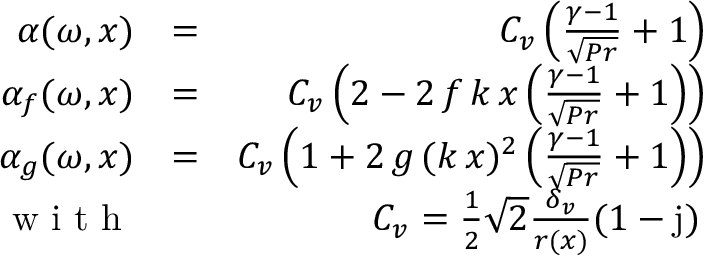
\begin{array} { r l r } { \alpha ( \omega , x ) } & { = } & { C _ { v } \left( \frac { \gamma - 1 } { \sqrt { P r } } + 1 \right) } \\ { \alpha _ { f } ( \omega , x ) } & { = } & { C _ { v } \left( 2 - 2 \, f \, k \, x \left( \frac { \gamma - 1 } { \sqrt { P r } } + 1 \right) \right) } \\ { \alpha _ { g } ( \omega , x ) } & { = } & { C _ { v } \left( 1 + 2 \, g \, ( k \, x ) ^ { 2 } \left( \frac { \gamma - 1 } { \sqrt { P r } } + 1 \right) \right) } \\ { \textrm { w i t h } } & { } & { C _ { v } = \frac { 1 } { 2 } \sqrt { 2 } \frac { \delta _ { v } } { r ( x ) } ( 1 - \mathrm { j } ) \, } \end{array}